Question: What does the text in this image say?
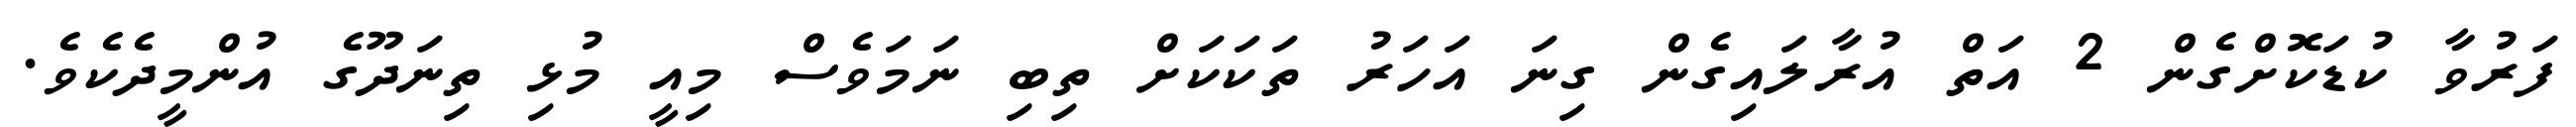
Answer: ފަރުވާ ކުޑަކޮށްގެން 2 އަތް އުރާލައިގެން ގިނަ އަހަރު ތަކަކަށް ތިބި ނަމަވެސް މިއީ މުޅި ތިނަދޫގެ އުންމީދެކެވެ.